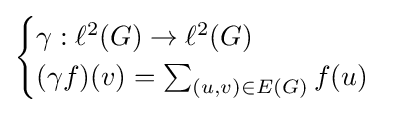
{\begin{cases}\gamma :\ell ^{2}(G)\to \ell ^{2}(G)\\(\gamma f)(v)=\sum _{(u,v)\in E(G)}f(u)\end{cases}}